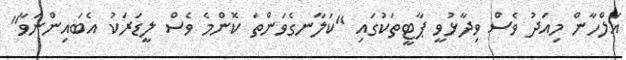
އަލްހާން މިއަދު ވެސް ވިދާޅުވީ ޕާޓީތަކުގައި "ކަލާނގެވަންތަ ކޮންމެ ވެސް ލީޑަރަކު އެބައިންނަވާ"